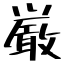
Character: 厳